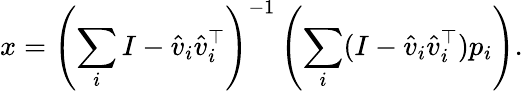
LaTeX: x=\left(\sum_{i}I-{\hat{v}}_{i}{\hat{v}}_{i}^{\top}\right)^{-1}\left(\sum_{i}(I-{\hat{v}}_{i}{\hat{v}}_{i}^{\top})p_{i}\right).